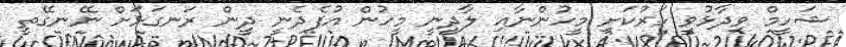
ޝަހީމް ވިދާޅުވީ ހަރުކަށި މީހުންނާއި ލާދީނީ މީހުން އުފެދެނީ ދީން ރަނގަޅަށް ނޭނގޭތީ